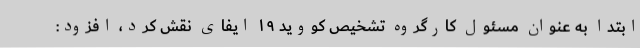
ابتدا به عنوان مسئول کارگروه تشخیص کووید ۱۹ ایفای نقش کرد، افزود: